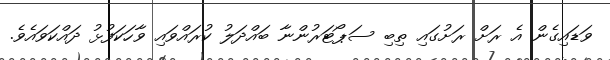
ވަޑައިގެން އެ ރަށް ރަށުގައި ތިބި ސަޕޯޓަރުންނާ ބައްދަލު ކުރައްވައި ވާހަކަފުޅު ދައްކަވައެވެ.